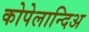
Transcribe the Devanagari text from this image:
कोपेलान्दिअ